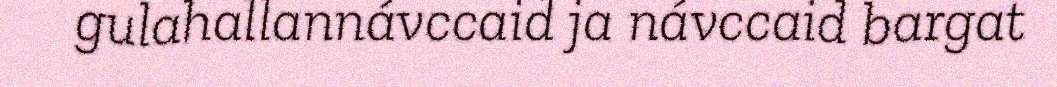
gulahallannávccaid ja návccaid bargat